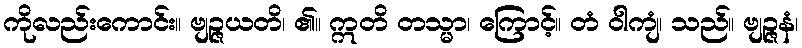
ကိုလည်းကောင်း။ ဗျဉ္ဇယတိ၊ ၏။ ဣတိ တသ္မာ၊ ကြောင့်။ တံ ဝါကျံ၊ သည်။ ဗျဉ္ဇနံ၊